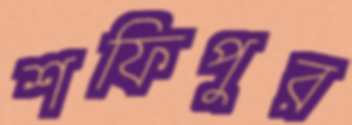
শফিপুর